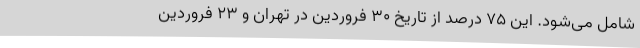
شامل می‌شود. این 75 درصد از تاریخ 30 فروردین در تهران و 23 فروردین